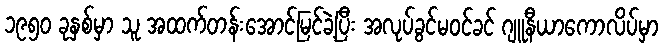
၁၉၅၀ ခုနှစ်မှာ သူ အထက်တန်းအောင်မြင်ခဲ့ပြီး အလုပ်ခွင်မဝင်ခင် ဂျူနီယာကောလိပ်မှာ